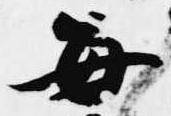
毎